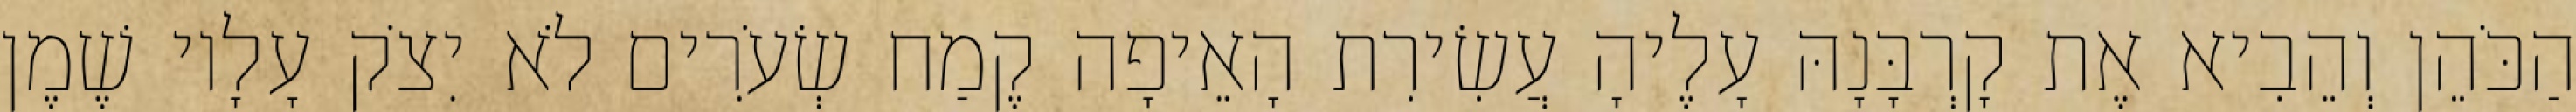
הַכֹּהֵן וְהֵבִיא אֶת קָרְבָּנָהּ עָלֶיהָ עֲשִׂירִת הָאֵיפָה קֶמַח שְׂעֹרִים לֹא יִצֹק עָלָיו שֶׁמֶן